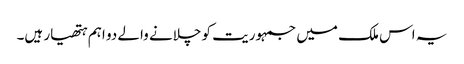
یہ اس ملک میں جمہوریت کو چلانے والے دو اہم ہتھیار ہیں۔